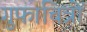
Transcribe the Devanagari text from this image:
गुफाचित्रों